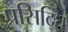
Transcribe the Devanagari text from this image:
प्रसिद्घि